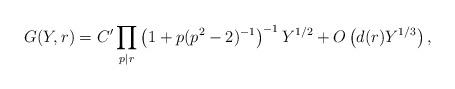
LaTeX: \begin{align*}G(Y,r)=C'\prod_{p\mid r}\left(1+p(p^2-2)^{-1}\right)^{-1}Y^{1/2} + O\left(d(r)Y^{1/3}\right),\end{align*}